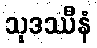
သုဒဿီနံ